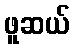
ဖူဆယ်